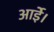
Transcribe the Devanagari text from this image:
आईे।